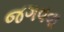
જગવવા